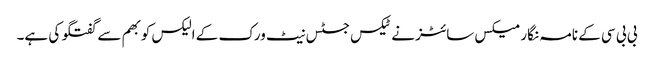
بی بی سی کے نامہ نگار میکس سائٹز نے ٹیکس جسٹس نیٹ ورک کے الیکس کوبھم سے گفتگو کی ہے۔